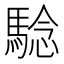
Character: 騐